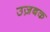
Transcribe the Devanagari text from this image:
उज़बक